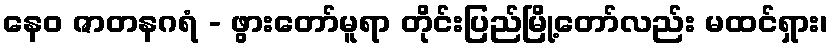
နေဝ ဇာတနဂရံ - ဖွားတော်မူရာ တိုင်းပြည်မြို့တော်လည်း မထင်ရှား၊